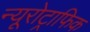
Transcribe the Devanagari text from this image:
न्यूरोट्राफिक